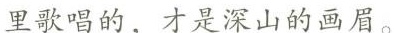
里歌唱的，才是深山的画眉。